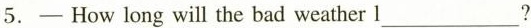
5.—How long will the bad weather l___?